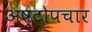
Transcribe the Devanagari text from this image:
अष्टोपचार